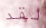
لقد